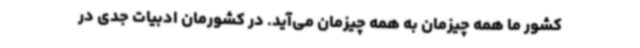
کشور ما همه چیزمان به همه چیزمان می‌آید. در کشورمان ادبیات جدی در